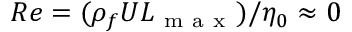
R e = ( \rho _ { f } U L _ { \mathrm { ~ m ~ a ~ x ~ } } ) / \eta _ { 0 } \approx 0